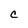
Character: C